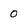
Character: 0